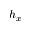
h _ { x }